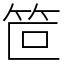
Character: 笸